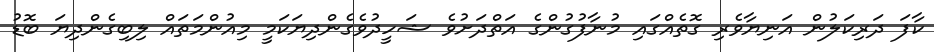
ކާފަ ދަރިކަލުން އަނިޔާވެރި ގޮތެއްގައި މުނާފުގުންގެ އަތްދަށުވެ ޝަހީދުވެގެންދިޔަކަމީ މިއުންމަތައް ލިބިގެންދިޔަ ބޮޑު